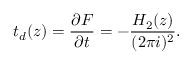
t _ { d } ( z ) = \frac { \partial { \cal F } } { \partial t } = - \frac { H _ { 2 } ( z ) } { ( 2 \pi i ) ^ { 2 } } .